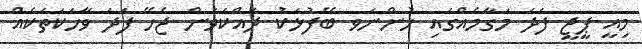
މިއީ ޕީޖީ ފަދަ މަގާމެއްގައި ހުންނަވ ބޭފުޅަކު ދައްކަވަން ޖެހޭ ފަދަ ވާހަކަތަކެއް